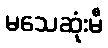
မသေဆုံးမီ